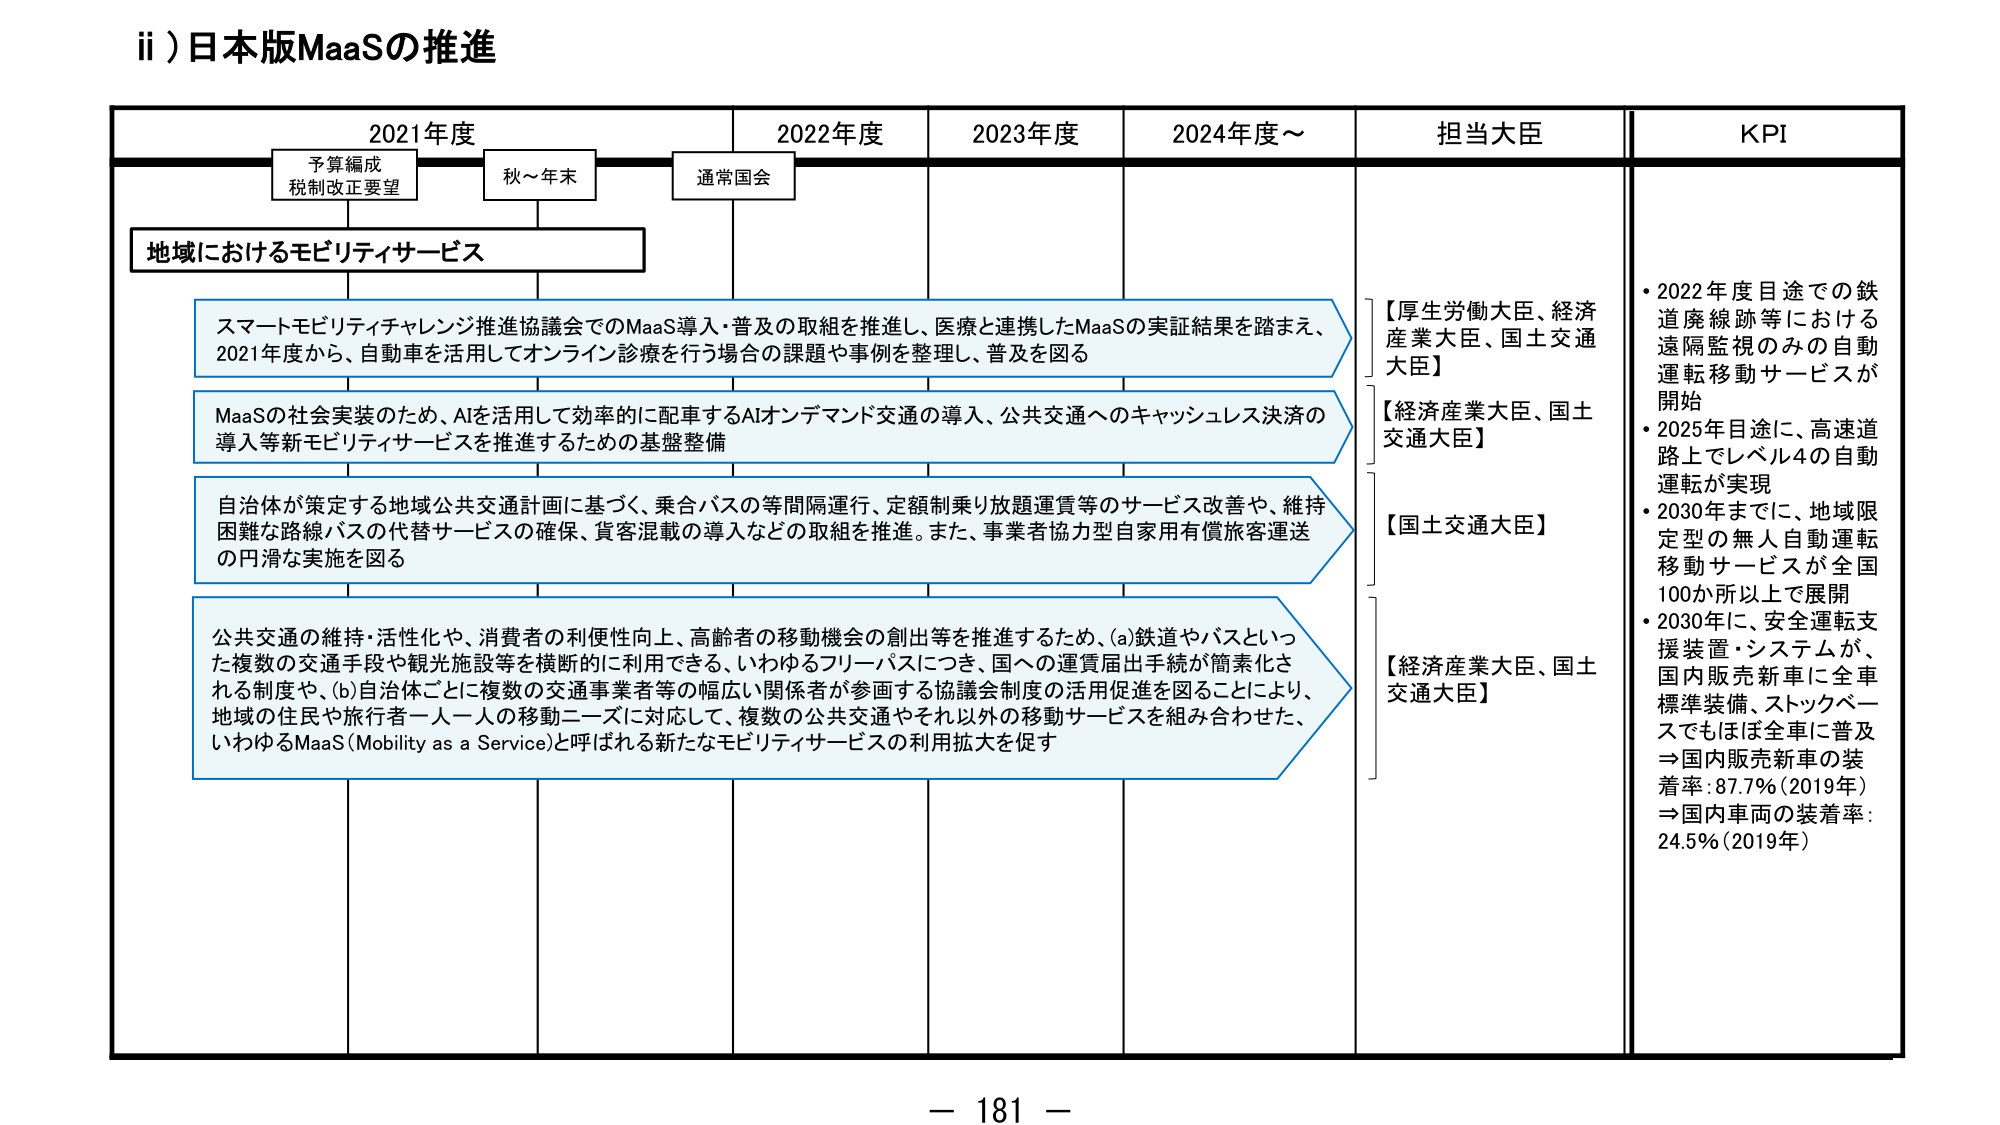
ii) 日本版MaaSの推進

2021年度　　　　　2022年度　　　　　2023年度　　　　　2024年度～　　　　　担当大臣　　　　　KPI

予算編成
税制改正要望　　　秋～年末　　　　　通常国会

地域におけるモビリティサービス

スマートモビリティチャレンジ推進協議会でのMaaS導入・普及の取組を推進し、医療と連携したMaaSの実証結果を踏まえ、
2021年度から、自動車を活用してオンライン診療を行う場合の課題や事例を整理し、普及を図る

MaaSの社会実装のため、AIを活用して効率的に配車するAIオンデマンド交通の導入、公共交通へのキャッシュレス決済の
導入等新モビリティサービスを推進するための基盤整備

自治体が策定する地域公共交通計画に基づく、乗合バスの等間隔運行、定額制乗り放題運賃等のサービス改善や、維持
困難な路線バスの代替サービスの確保、貨客混載の導入などの取組を推進。また、事業者協力型自家用有償旅客運送
の円滑な実施を図る

公共交通の維持・活性化や、消費者の利便性向上、高齢者の移動機会の創出等を推進するため、(a)鉄道やバスといった
複数の交通手段や観光施設等を横断的に利用できる、いわゆるフリーパスにつき、国への運賃届出手続が簡素化さ
れる制度や、(b)自治体ごとに複数の交通事業者等の幅広い関係者が参画する協議会制度の活用促進を図ることにより、
地域の住民や旅行者一人一人の移動ニーズに対応して、複数の公共交通やそれ以外の移動サービスを組み合わせた、
いわゆるMaaS(Mobility as a Service)と呼ばれる新たなモビリティサービスの利用拡大を促す

【厚生労働大臣、経済産業大臣、国土交通大臣】
【経済産業大臣、国土交通大臣】
【国土交通大臣】
【経済産業大臣、国土交通大臣】

・2022年度目途での鉄道廃線跡等における遠隔監視のみの自動運転移動サービスが開始
・2025年目途に、高速道路上でレベル4の自動運転が実現
・2030年までに、地域限定型の無人自動運転移動サービスが全国100か所以上で展開
・2030年に、安全運転支援装置・システムが、国内販売新車に全車標準装備、ストックベースでもほぼ全車に普及
⇒国内販売新車の装着率：87.7%（2019年）
⇒国内車両の装着率：24.5%（2019年）

－ 181 －